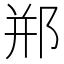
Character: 郱